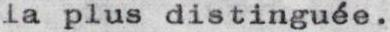
la plus distinguée.